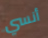
أنسي